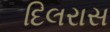
દિલરાસ